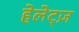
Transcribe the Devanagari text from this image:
हेलेट्ज़